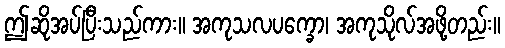
ဤဆိုအပ်ပြီးသည်ကား။ အကုသလပက္ခော၊ အကုသိုလ်အဖို့တည်း။